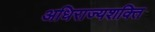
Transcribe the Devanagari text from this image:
अधिराज्यशक्ति